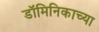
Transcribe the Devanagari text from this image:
डॉमिनिकाच्या